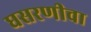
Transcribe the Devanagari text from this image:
घसरणीचा